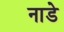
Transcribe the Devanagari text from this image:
नाडे